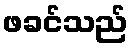
ဖခင်သည်